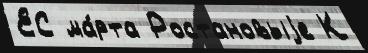
ЕС ма́рта Ростановыjе К